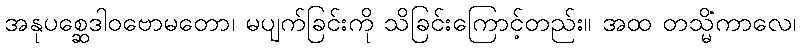
အနုပစ္ဆေဒါဝဗောမတော၊ မပျက်ခြင်းကို သိခြင်းကြောင့်တည်း။ အထ တသ္မိံကာလေ၊